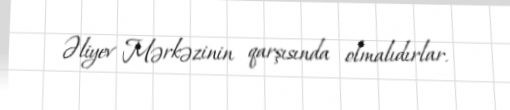
Əliyev Mərkəzinin qarşısında olmalıdırlar.